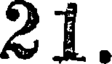
21.